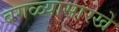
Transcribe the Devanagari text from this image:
बगळ्यासारखे